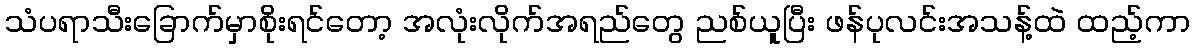
သံပရာသီးခြောက်မှာစိုးရင်တော့ အလုံးလိုက်အရည်တွေ ညစ်ယူပြီး ဖန်ပုလင်းအသန့်ထဲ ထည့်ကာ